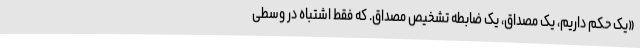
«یک حکم داریم، یک مصداق، یک ضابطه‌ تشخیص مصداق. که فقط اشتباه در وسطی